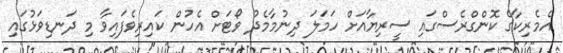
އެމެރިކާގެ ކޮންގްރެސްގައި ސީރިޔާއަށް ހަމަލަ ދިނުމާމެދު ވޯޓަށް އެހުން ކައިރިވެފައިވާ މި ދަނޑިވަޅުގައި